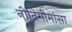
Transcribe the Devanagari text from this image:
नीतिमीमांसा